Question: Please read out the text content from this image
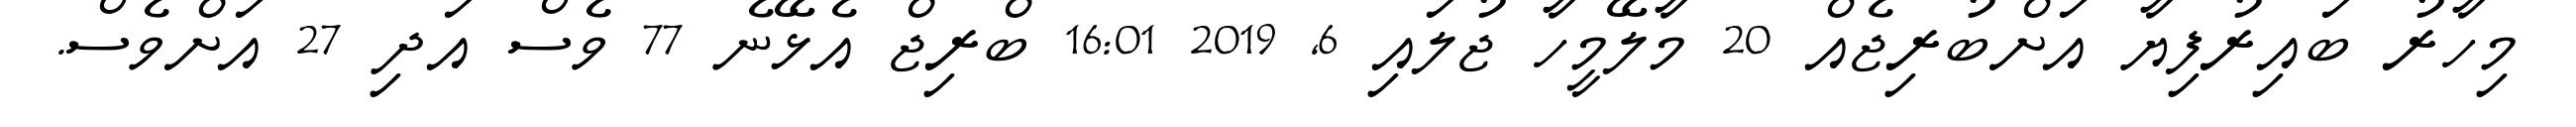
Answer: މިހާރު ބައިރުފިޔާ އަށްބުރިޖެއް 20 މާލޭމީހާ ޖުލައި 6, 2019 16:01 ބްރިޖް އެޅޭނެ 77 ވެސް އަދި 27 އަށްވެސް.